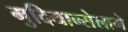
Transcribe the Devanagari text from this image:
मुदियान्सेलागे